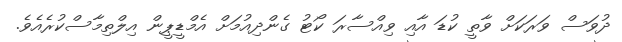
ދުވަސް ވަރަކަށް ވާތީ ކުޑަ އާއި ވިއްސާރަ ކޯޓު ގެންދިއުމަށް އެމްޑީޕީން އިލްތިމާސްކުރެއެވެ.